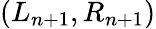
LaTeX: (L_{n+1},R_{n+1})